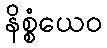
နိစ္စံယေဝ